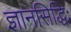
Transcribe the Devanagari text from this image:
ज्ञानसिद्धिः